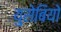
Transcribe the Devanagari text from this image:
युसेबियो